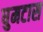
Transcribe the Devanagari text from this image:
घुमटास